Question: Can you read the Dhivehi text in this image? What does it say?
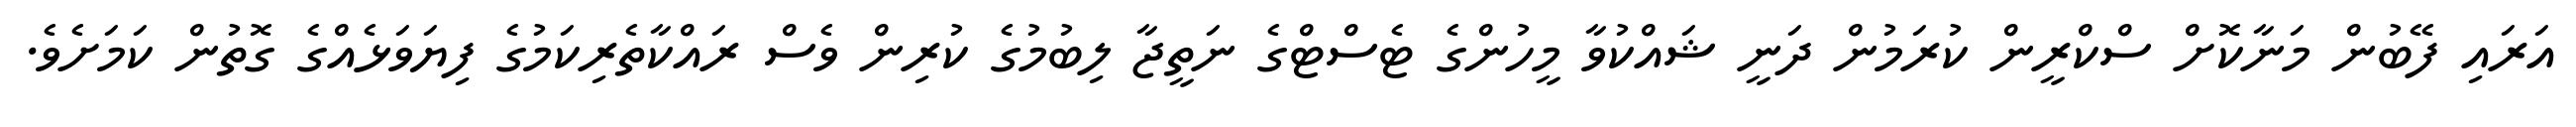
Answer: އަރައި ފޭބުން މަނާކޮށް ސްކްރީން ކުރަމުން ދަނީ ޝައްކުވާ މީހުންގެ ޓެސްޓްގެ ނަތީޖާ ލިބުމުގެ ކުރިން ވެސް ރައްކާތެރިކަމުގެ ފިޔަވަޅެއްގެ ގޮތުން ކަމަށެވެ.